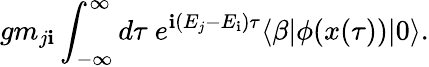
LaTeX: gm_{j\mathbf{i}}\int_{-\infty}^{\infty}d\tau\ e^{\mathbf{i}(E_{j}-E_{\mathbf{i}})\tau}\langle\beta|\phi(x(\tau))|0\rangle.